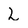
Character: L